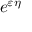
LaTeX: e ^ { \varepsilon \eta }